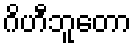
ဂိဟီဘူတော